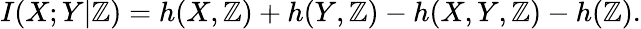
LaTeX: I(X;Y|\mathbb{Z})=h(X,\mathbb{Z})+h(Y,\mathbb{Z})-h(X,Y,\mathbb{Z})-h(\mathbb{Z}).